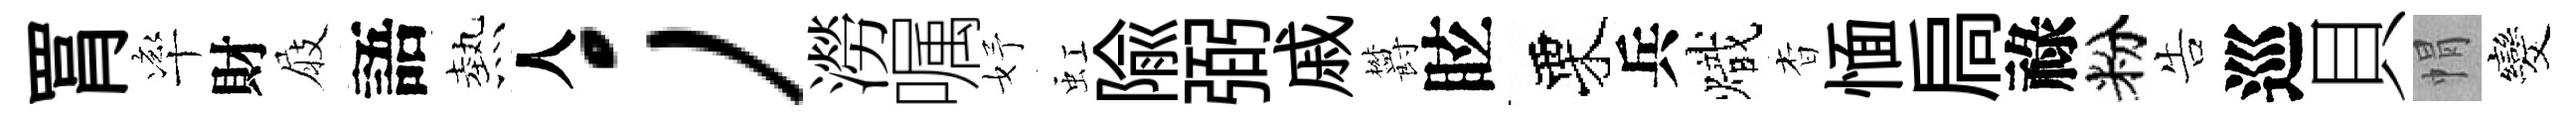
罥率財屐語熱人；澇嘱妤虹隃弼戚欝眩栗兵熾杳愐扃祿粉告巡貝㡌发